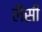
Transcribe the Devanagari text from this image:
लैसी